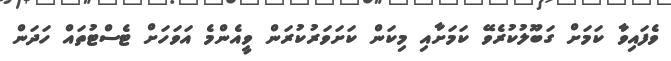
ވެފައިވާ ކަމަށް ގަބޫލުކުރެވޭ ކަމަށާއި މިކަން ކަށަވަރުކުރަން ވީއެންމެ އަވަހަށް ޓެސްޓުތައް ހަދަން